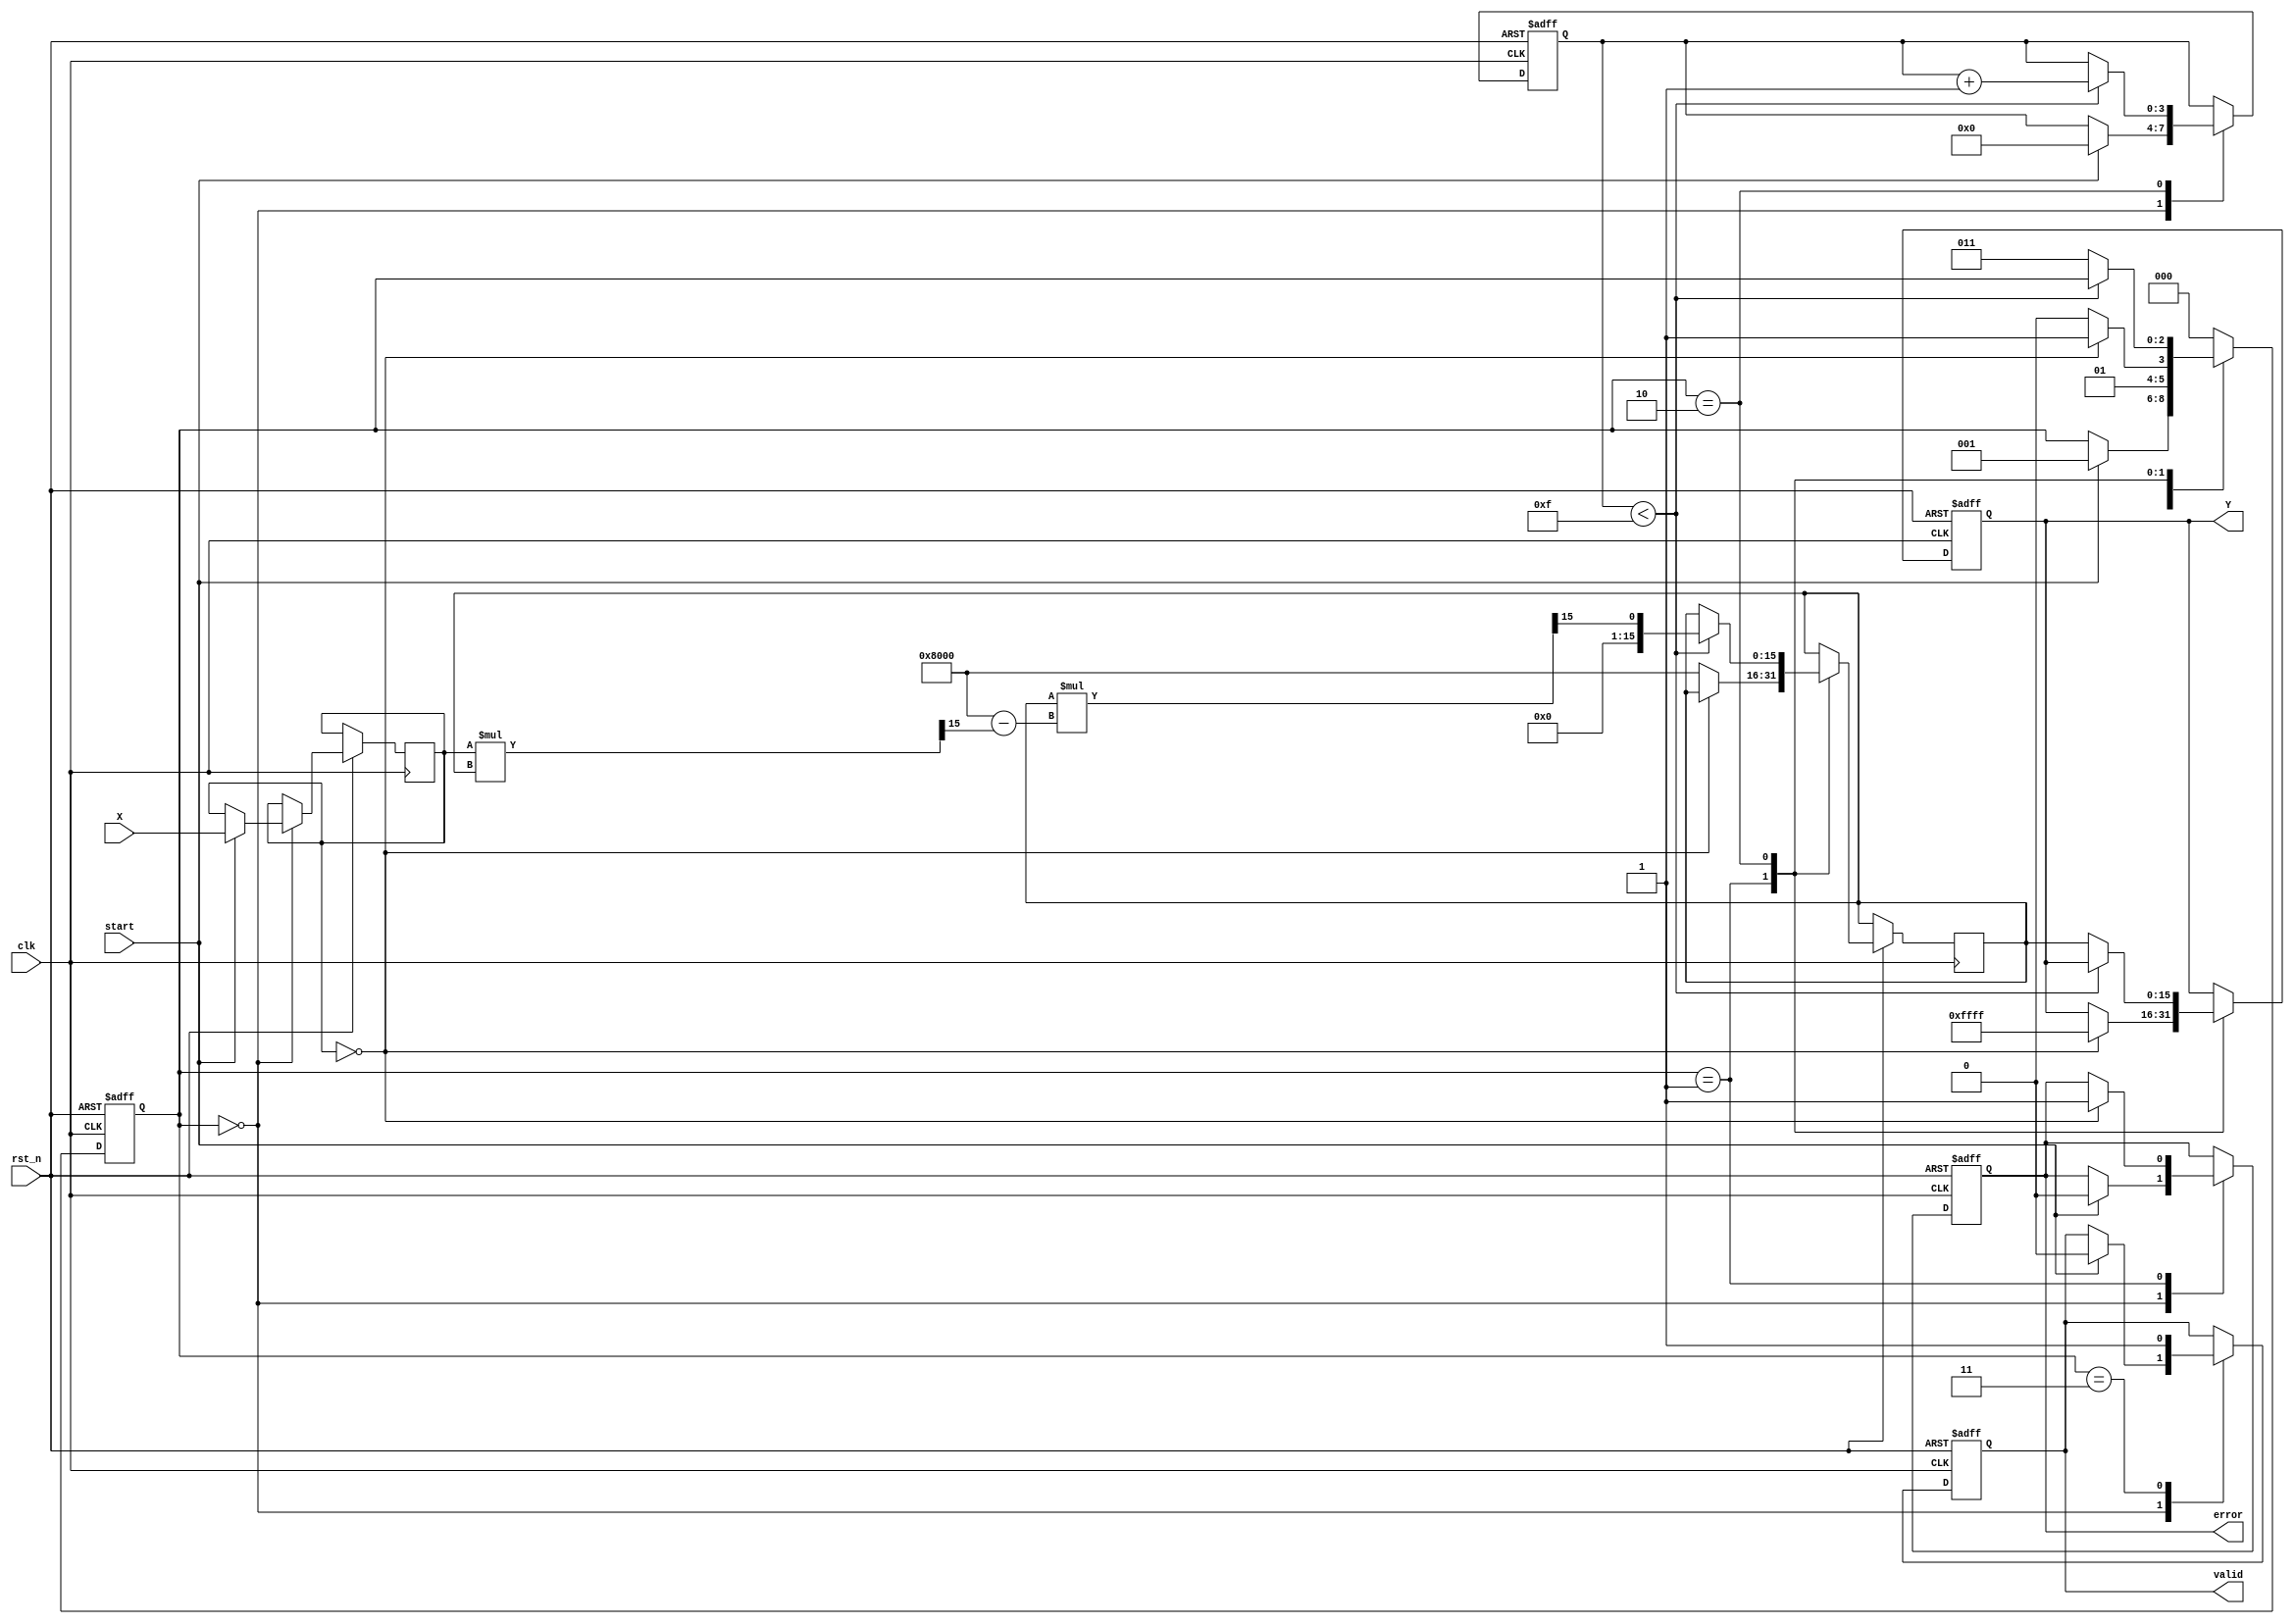
module binary_fractional_reciprocal (
    input wire clk,               // Clock signal
    input wire rst_n,             // Active low reset
    input wire [15:0] X,          // Input data (fixed-point, 16 bits)
    input wire start,             // Start signal for computation
    output reg [15:0] Y,          // Output data (reciprocal, fixed-point)
    output reg valid,             // Output valid signal
    output reg error              // Error signal (1 if input is zero)
);

    // Internal registers
    reg [15:0] x_reg;             // Register to hold input value
    reg [15:0] approx;            // Approximation for reciprocal
    reg [2:0] state;              // State for pipelining
    reg [3:0] iteration;          // Iteration counter

    // State encoding
    localparam IDLE = 3'b000,
               CHECK_ZERO = 3'b001,
               CALCULATE = 3'b010,
               OUTPUT = 3'b011;

    // Constants
    localparam MAX_VALUE = 16'hFFFF; // Maximum value for 16-bit fixed-point

    // Main state machine
    always @(posedge clk or negedge rst_n) begin
        if (!rst_n) begin
            state <= IDLE;
            Y <= 16'b0;
            valid <= 1'b0;
            error <= 1'b0;
            iteration <= 4'b0;
        end else begin
            case (state)
                IDLE: begin
                    if (start) begin
                        x_reg <= X;
                        state <= CHECK_ZERO;
                        valid <= 1'b0;
                        error <= 1'b0;
                        iteration <= 4'b0;
                    end
                end

                CHECK_ZERO: begin
                    if (x_reg == 16'b0) begin
                        error <= 1'b1; // Division by zero
                        Y <= MAX_VALUE; // Output max value as error indication
                        state <= OUTPUT;
                    end else begin
                        approx <= 16'h8000; // Initial approximation (1.0 in fixed-point)
                        state <= CALCULATE;
                    end
                end

                CALCULATE: begin
                    if (iteration < 4'b1111) begin // Limit iterations to prevent infinite loop
                        approx <= approx * (16'h8000 - (x_reg * approx >> 15)) >> 15; // Newton-Raphson iteration
                        iteration <= iteration + 1;
                    end else begin
                        Y <= approx; // Final approximation
                        state <= OUTPUT;
                    end
                end

                OUTPUT: begin
                    valid <= 1'b1; // Output is valid
                    state <= IDLE; // Go back to IDLE
                end

                default: state <= IDLE; // Default case
            endcase
        end
    end
endmodule